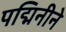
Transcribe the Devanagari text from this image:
पद्मिनीने